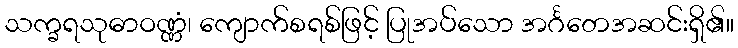
သက္ခရသုဓာဝဏ္ဏံ၊ ကျောက်စရစ်ဖြင့် ပြုအပ်သော အင်္ဂတေအဆင်းရှိ၏။